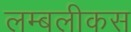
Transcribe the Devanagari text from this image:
लम्बलीकस